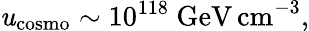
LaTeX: \mathit{u}_{\mathrm{{cosmo}}}\sim10^{118}\mathrm{{~GeV\, cm}}^{-3},